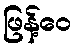
ဖြန့်ဝေ